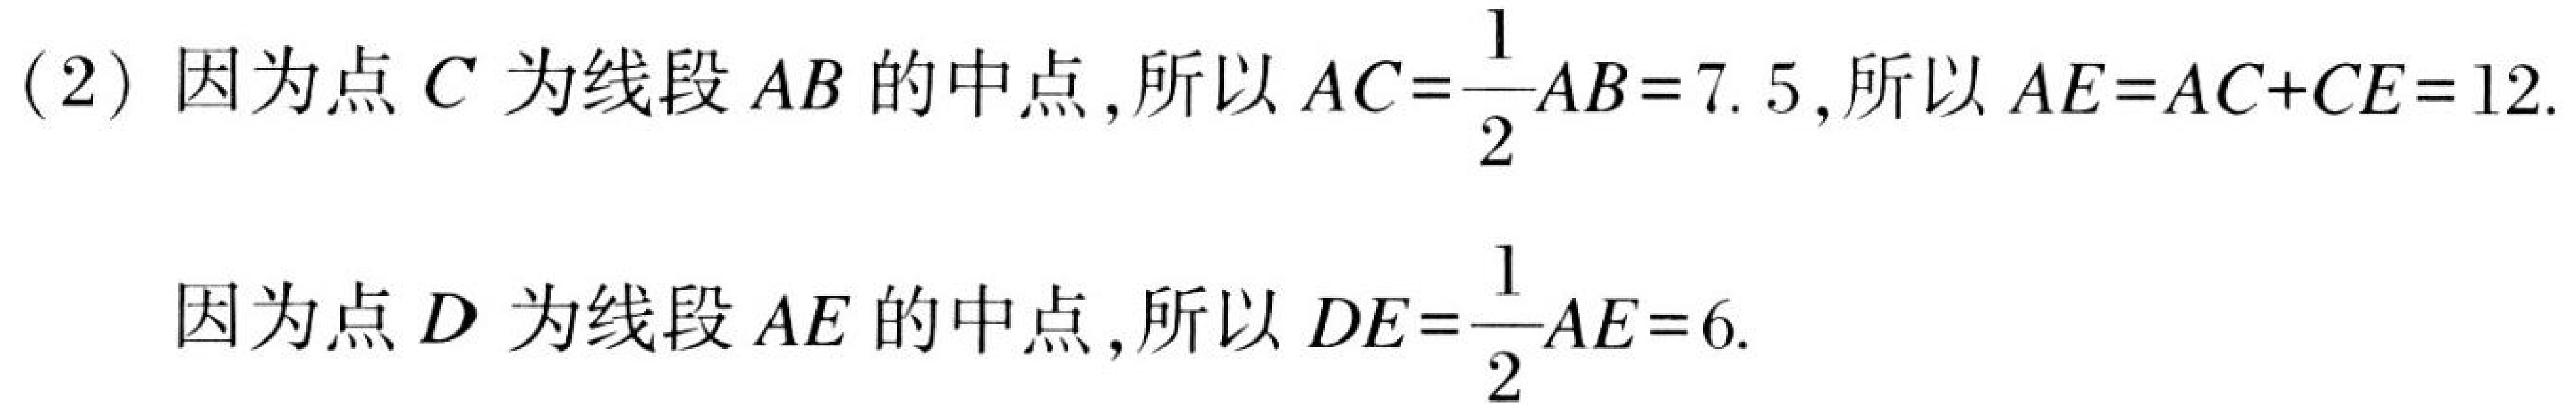
(2) 因为点$C$为线段$AB$的中点,所以$AC=\dfrac{1}{2}AB = 7.5$,所以$AE=AC + CE = 12$.
因为点$D$为线段$AE$的中点,所以$DE=\dfrac{1}{2}AE = 6$.